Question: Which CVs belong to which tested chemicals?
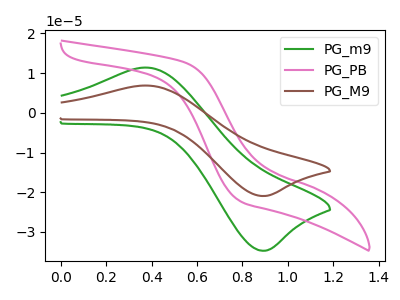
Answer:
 <answer>The green curve is labeled "PG_m9". The pink curve is labeled "PG_PB". The brown curve is labeled "PG_M9".</answer>
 <eval></eval>